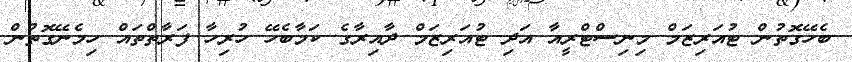
ބެހޭގޮތުން ޓުއަރިޒަމް މިނިސްޓްރީއާ އަދި ޓުއަރިޒަމް ދާއިރާގެ ކަމާބެހޭ ހުރިހާ ފަރާތްތައް ހިމެނޭގޮތުން